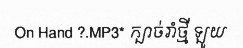
On Hand ?.MP3* ក្បាច់រាំថ្មី ឡូយ